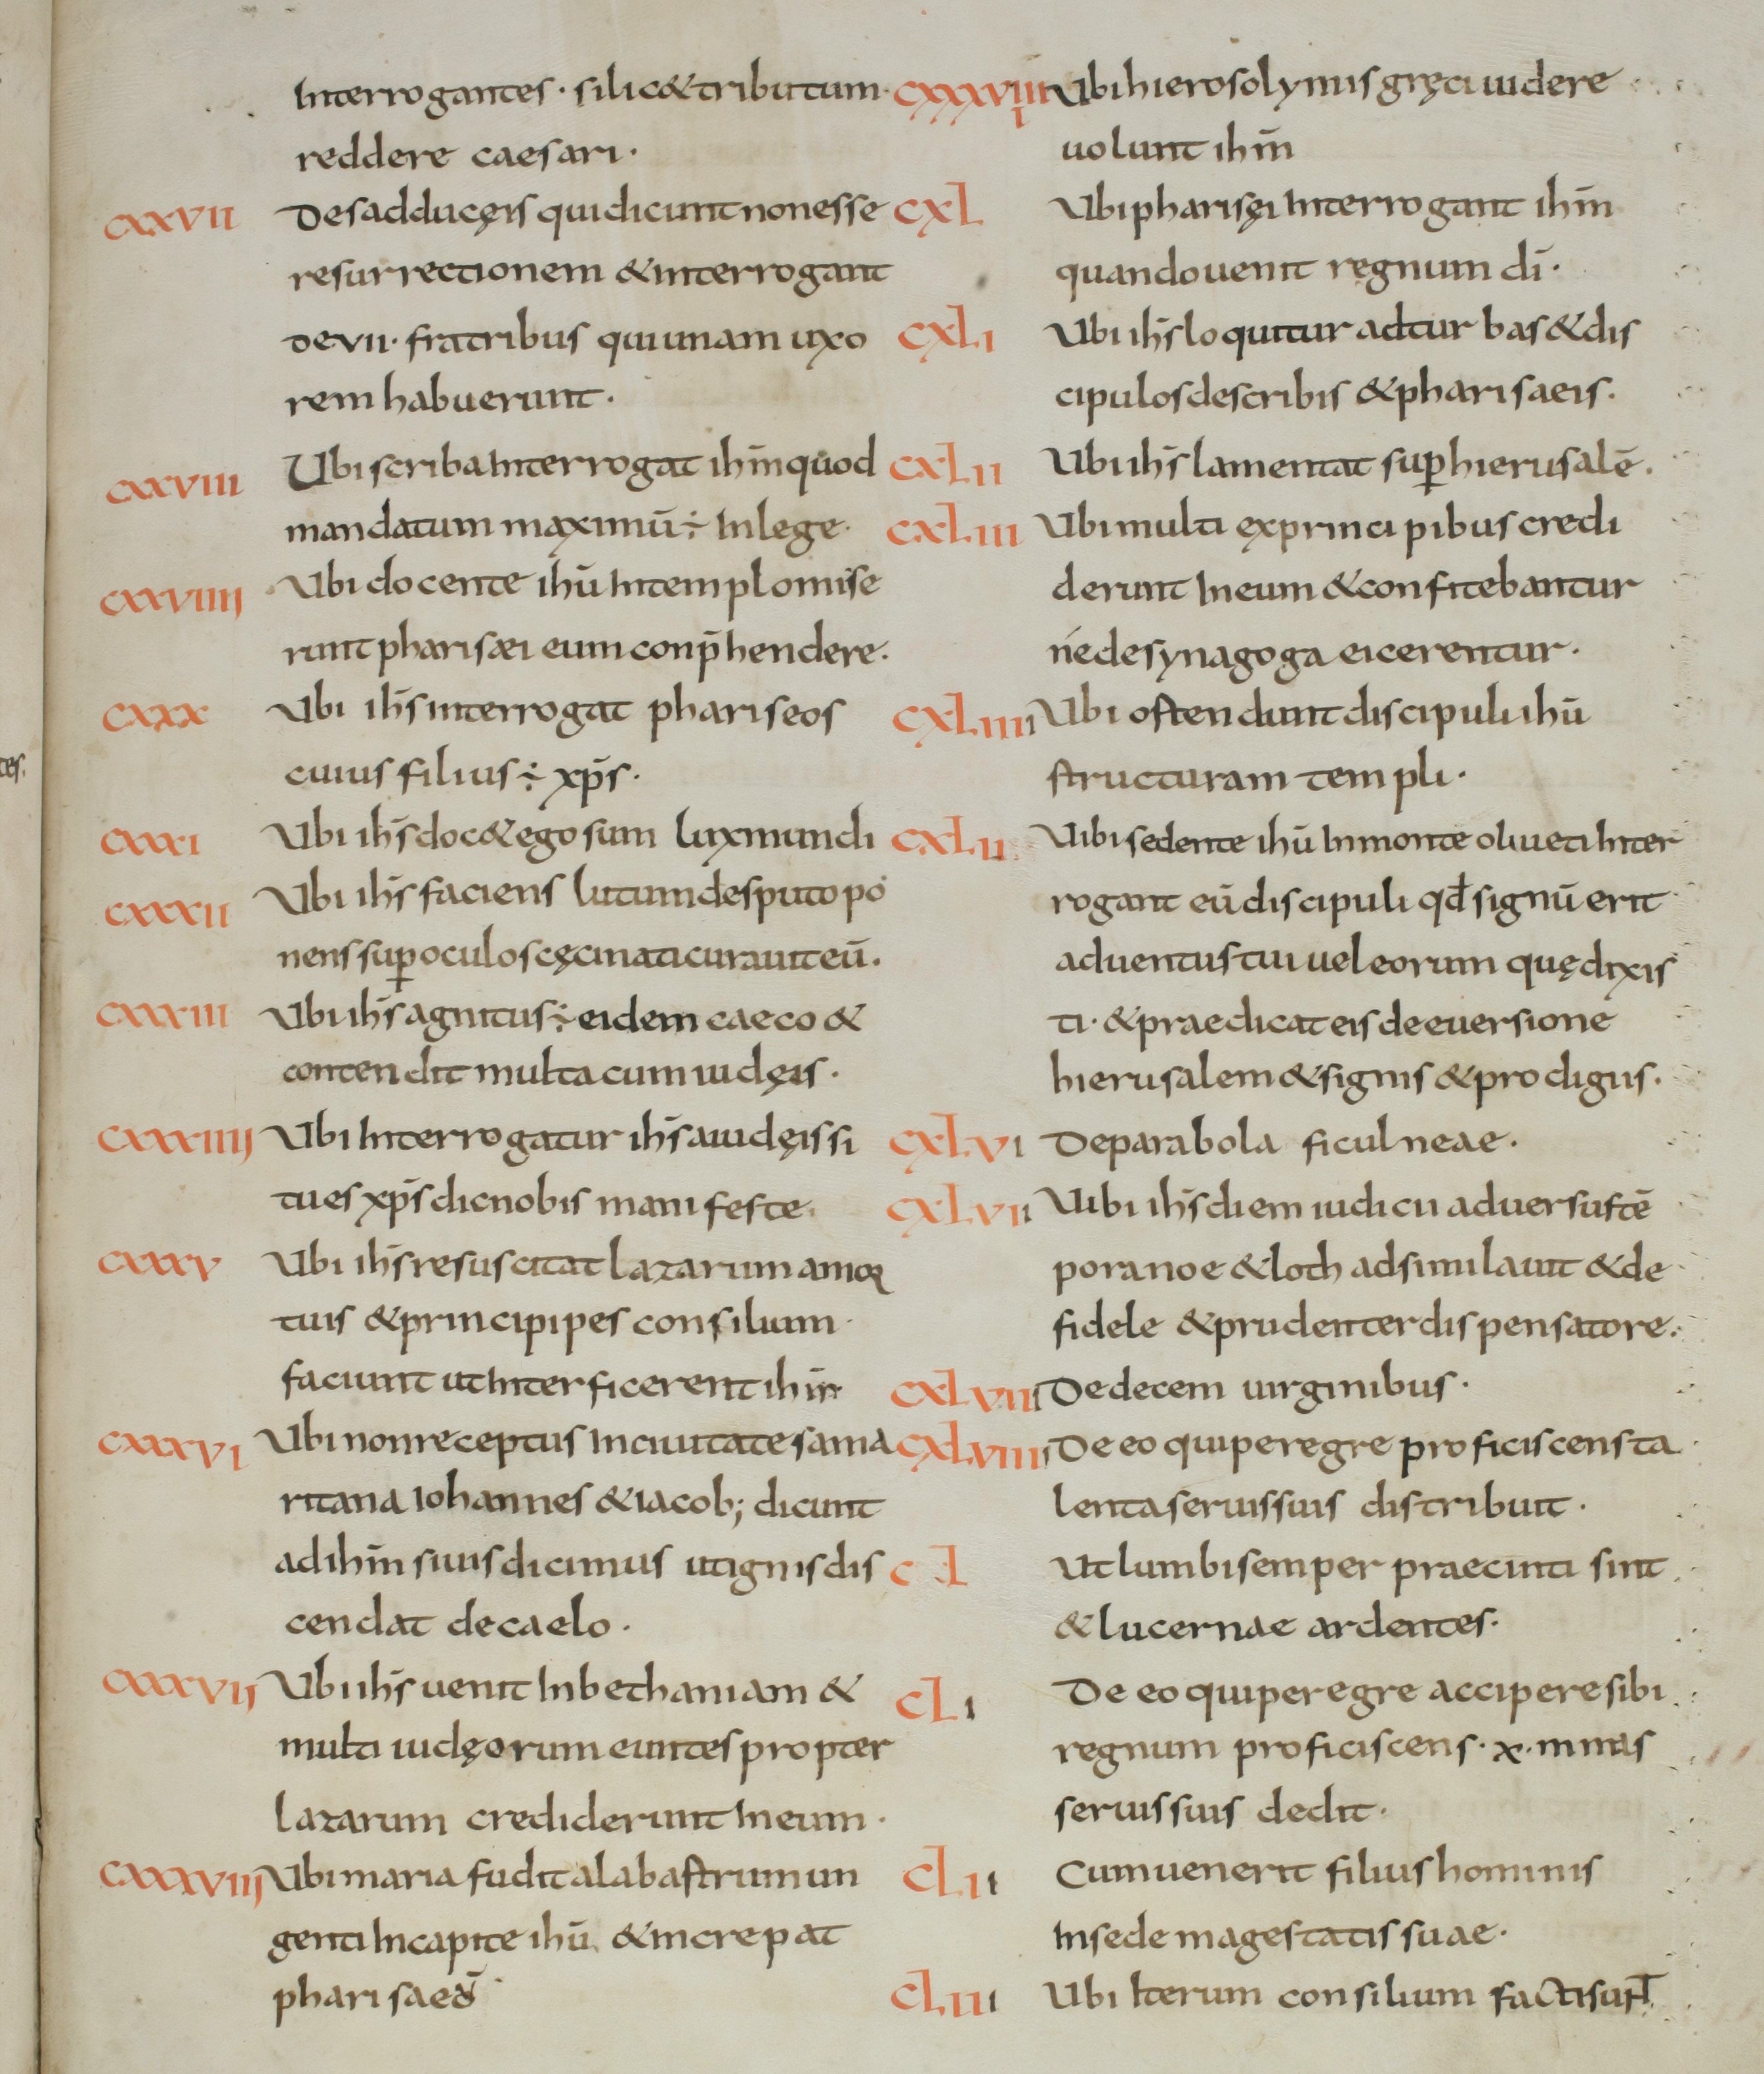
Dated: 800–849